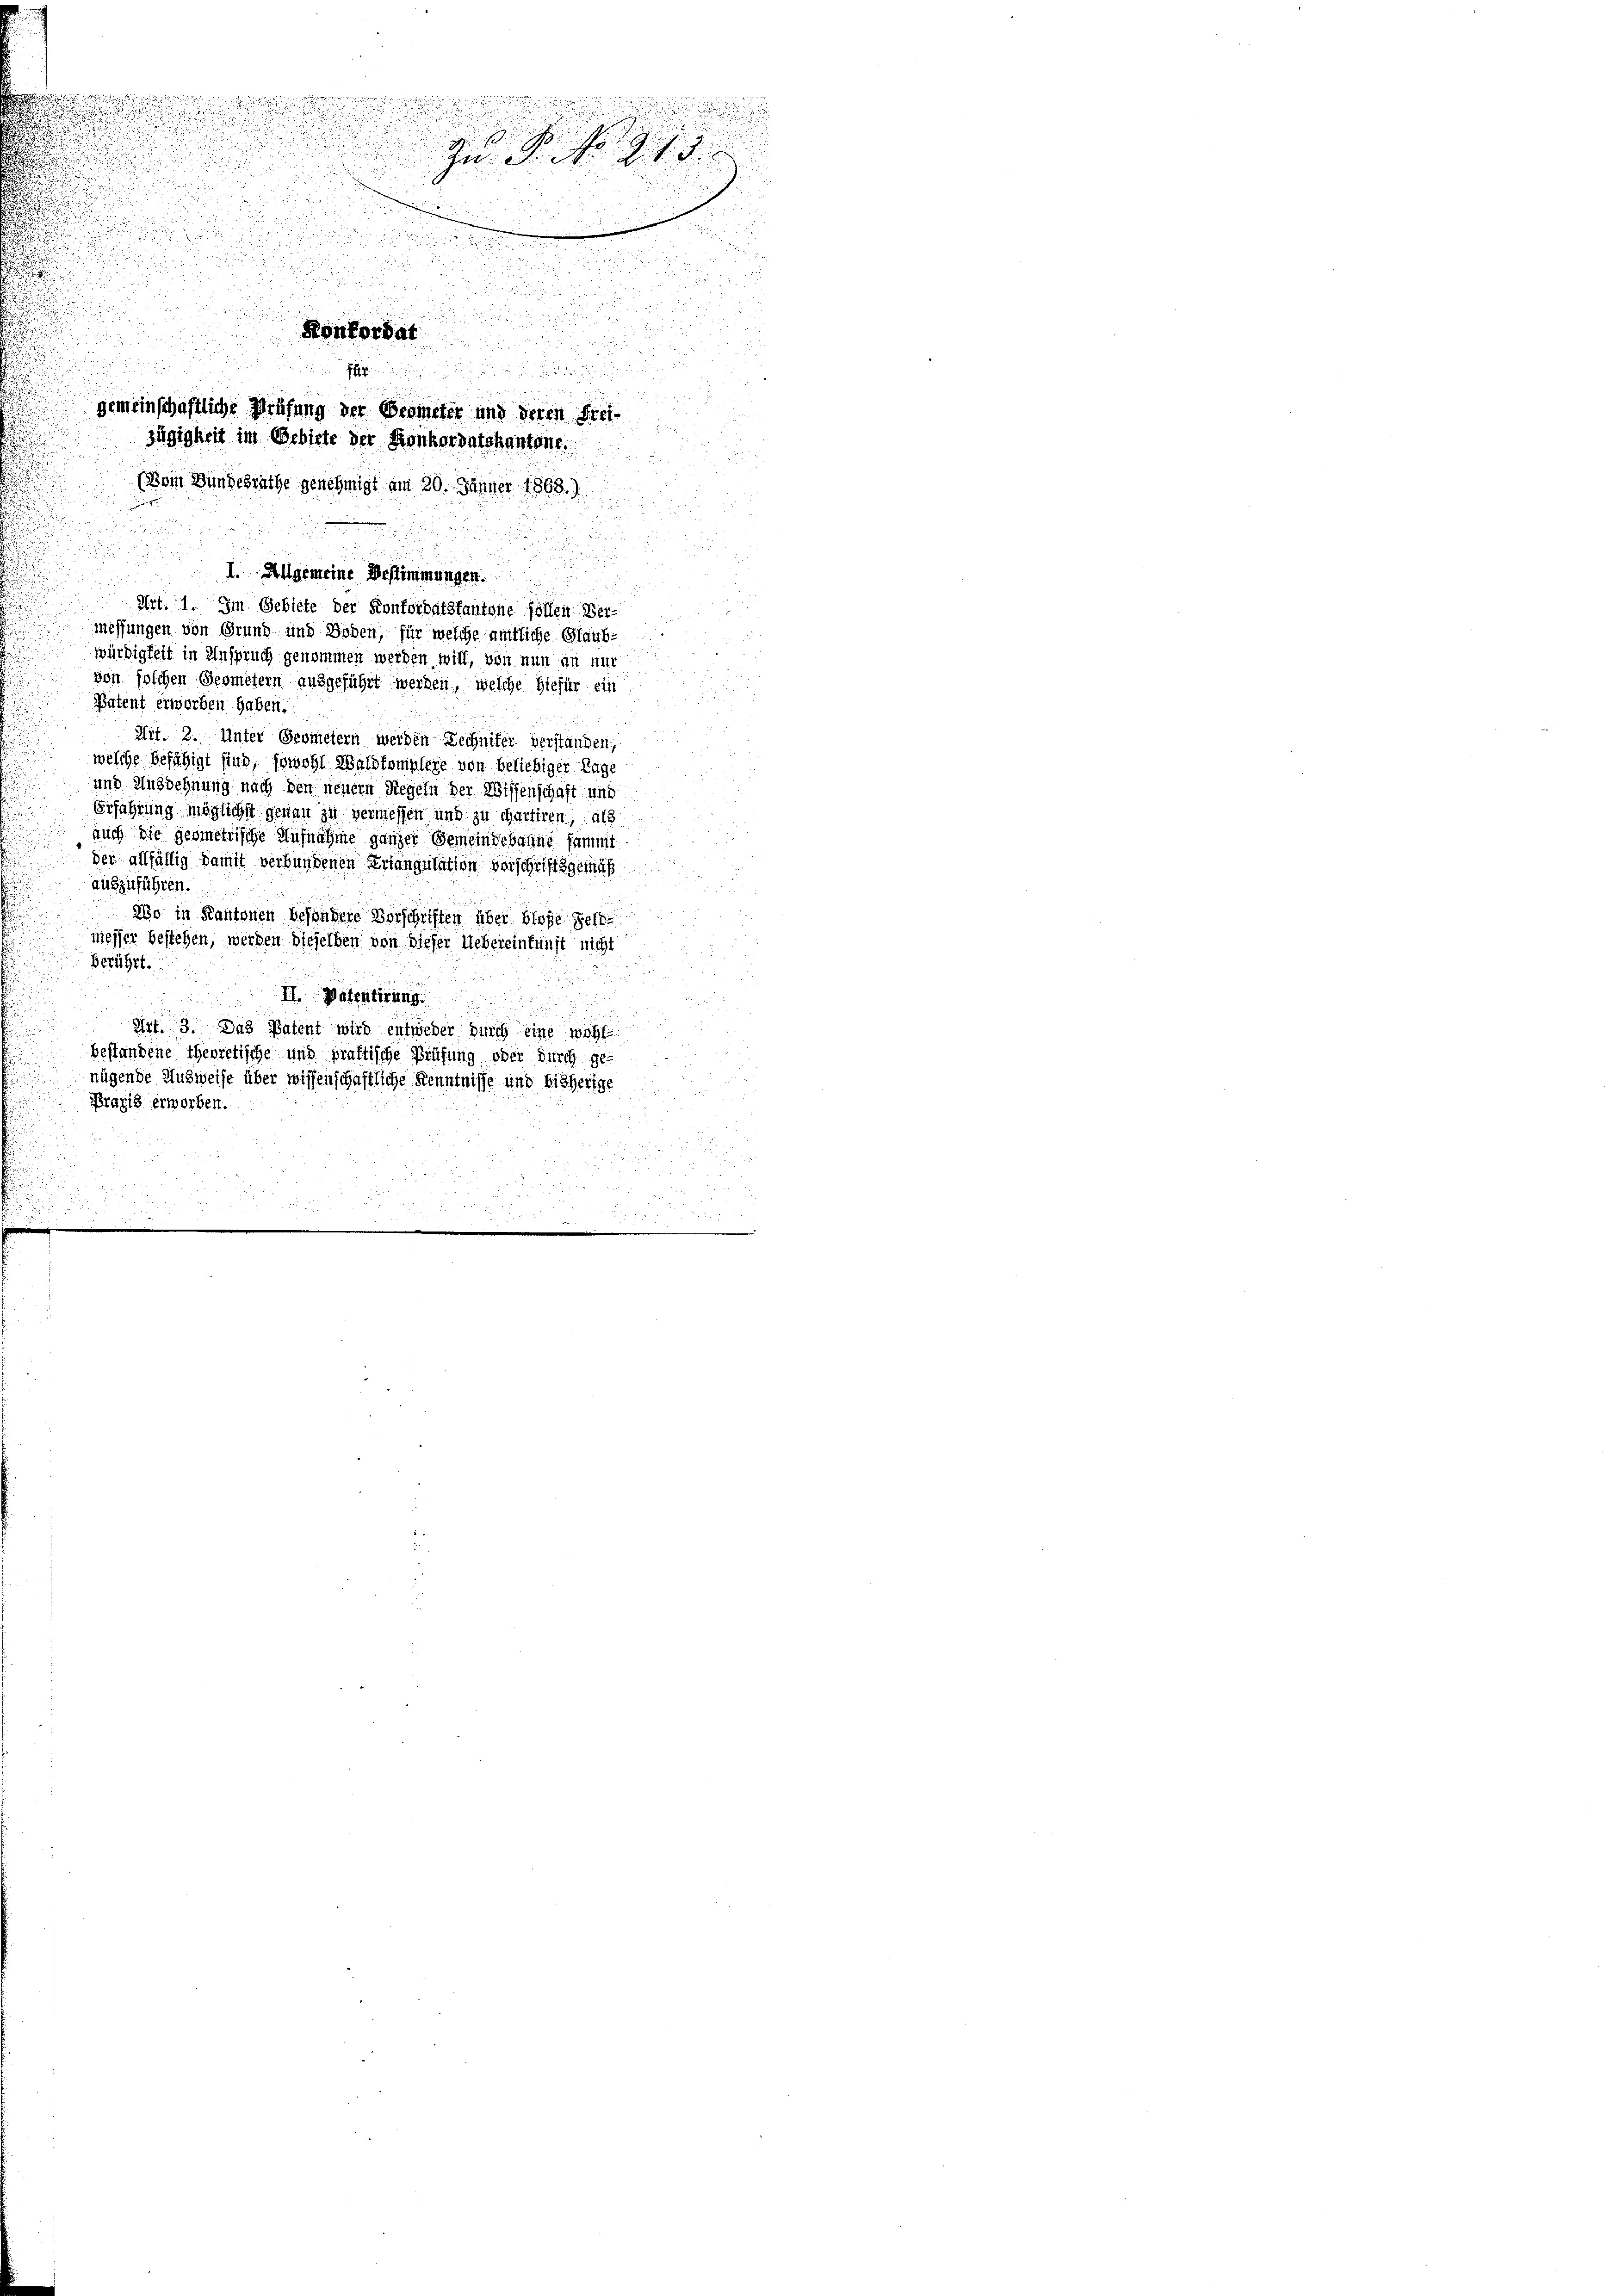
n

u
Konkordat
(Vom Bundesräthe genehmigt am 20. Jänner 1868.)
I. Allgemeine Bestimmungen.
d
u
Art. 1. Im Gebiete der Konfordatstantone sollen Vermessungen von Grund und Boden, für welche amtliche Glaub-
würdigkeit in Anspruch genommen werden will, von nun an nur
von solchen Geometern ausgeführt werden, welche hiefür ein
Patent erworben haben.
Nit. 2. Unter Geometern werden Rechniker verstanden,
welche befähigt sind, sowohl Waldkomplexe von beliebiger Tage
und Ausdehnung nach den neuern Regeln der Wissenschaft und
Erjährung möglichst genau zu vermessen und zu chartiren, als
auch die geometrische Aufnahme ganzer Gemeindebanne sammt
der allfällig damit verbundenen Erlangulation verschriftsgemäß
auszuführen.
Wo in Kantonen besondere Vorschriften über blose Feldmesser bestehen, werden dieselben von dieser Uebereinkunft nicht
5
berührt.
r
II. Patentirung.
Irt. 3. Das Patent wird entweder durch eine wohl
bestandene theoretische und praktische Prüfung oder Durch ge-
nügende Ausweise über wissenschaftliche Kenntnisse und bisherige
Praxis erworben.

H
gemeinschaftliche Prüfung der Geometer und deren Frei¬
Zügigkeit im Gebiete der Konkordatskantone.

u
i
.
Zu ein lit. |

und eine